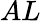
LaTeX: AL